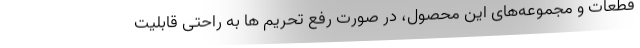
قطعات و مجموعه‌های این محصول، در صورت رفع تحریم ها به راحتی قابلیت